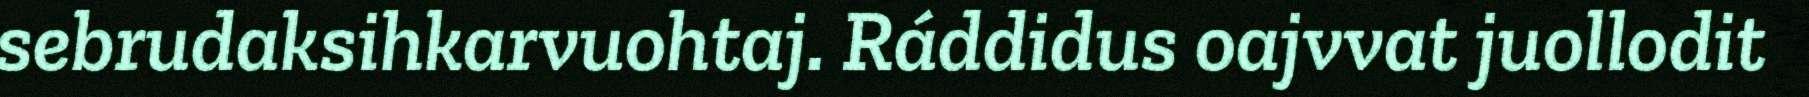
sebrudaksihkarvuohtaj. Ráddidus oajvvat juollodit